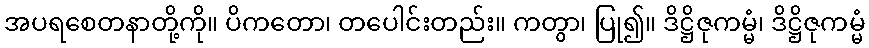
အပရစေတနာတို့ကို။ ပိကတော၊ တပေါင်းတည်း။ ကတွာ၊ ပြု၍။ ဒိဋ္ဌိဇုကမ္မံ၊ ဒိဋ္ဌိဇုကမ္မံ